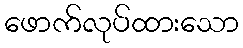
ဖောက်လုပ်ထားသော